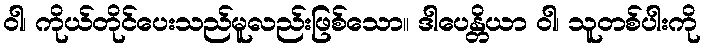
ဝါ၊ ကိုယ်တိုင်ပေးသည်မူလည်းဖြစ်သော။ ဒါပေန္တိယာ ဝါ၊ သူတစ်ပါးကို